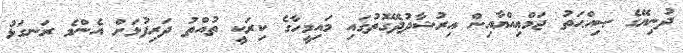
ދުނިޔޭގެ ޞިއްޙަތު ޖަމްޢިއްޔާއިން އިރުޝާދުދޭގޮތުގައި މައިމީހާގެ ކިރަކީ ތުއްތު ދަރިފުޅަށް އެންމެ ރަނގަޅު